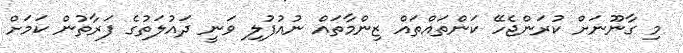
މި ގާނޫނަށް ކުރަންޖެހޭ ކަންތައްތައް ޒިންމާތައް ނުއުފުލި ވަނީ ދައުލަތުގެ ފަރާތުން ކަމަށް